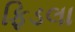
ફિડલા